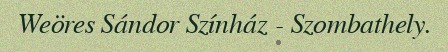
Weöres Sándor Színház - Szombathely.